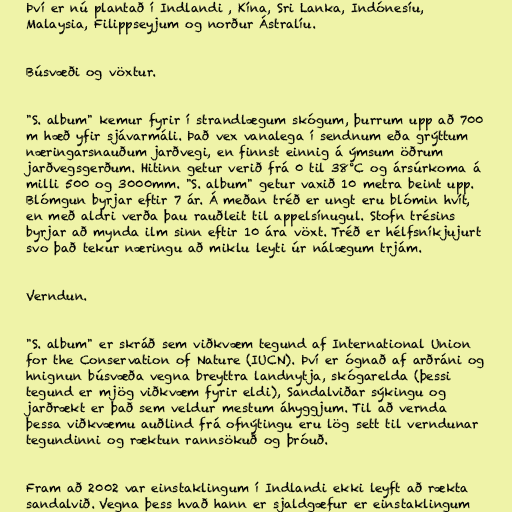
Því er nú plantað í Indlandi , Kína, Sri Lanka, Indónesíu,
Malaysia, Filippseyjum og norður Ástralíu.

Búsvæði og vöxtur.

"S. album" kemur fyrir í strandlægum skógum, þurrum upp að 700
m hæð yfir sjávarmáli. Það vex vanalega í sendnum eða grýttum
næringarsnauðum jarðvegi, en finnst einnig á ýmsum öðrum
jarðvegsgerðum. Hitinn getur verið frá 0 til 38°C og ársúrkoma á
milli 500 og 3000mm. "S. album" getur vaxið 10 metra beint upp.
Blómgun byrjar eftir 7 ár. Á meðan tréð er ungt eru blómin hvít,
en með aldri verða þau rauðleit til appelsínugul. Stofn trésins
byrjar að mynda ilm sinn eftir 10 ára vöxt. Tréð er hélfsníkjujurt
svo það tekur næringu að miklu leyti úr nálægum trjám.

Verndun.

"S. album" er skráð sem viðkvæm tegund af International Union
for the Conservation of Nature (IUCN). Því er ógnað af arðráni og
hnignun búsvæða vegna breyttra landnytja, skógarelda (þessi
tegund er mjög viðkvæm fyrir eldi), Sandalviðar sýkingu og
jarðrækt er það sem veldur mestum áhyggjum. Til að vernda
þessa viðkvæmu auðlind frá ofnýtingu eru lög sett til verndunar
tegundinni og ræktun rannsökuð og þróuð.

Fram að 2002 var einstaklingum í Indlandi ekki leyft að rækta
sandalvið. Vegna þess hvað hann er sjaldgæfur er einstaklingum